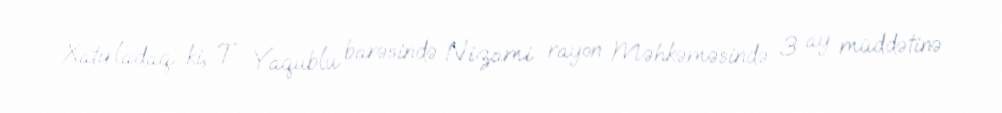
Xatırladaq ki, T. Yaqublu barəsində Nizami rayon Məhkəməsində 3 ay müddətinə